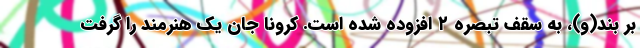
بر بند(و)، به سقف تبصره ۲ افزوده شده است. کرونا جان یک هنرمند را گرفت